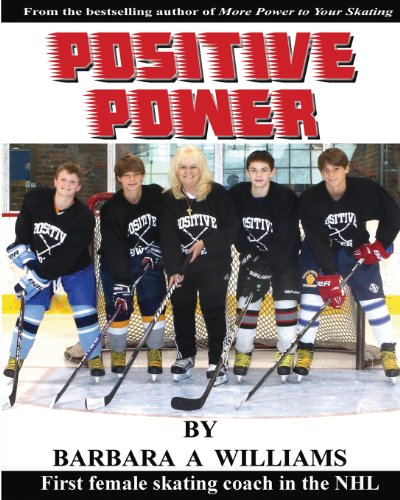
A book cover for Positive Power; Barbara Ann Williams; Sports & Outdoors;